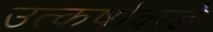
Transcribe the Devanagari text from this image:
उत्कर्षाकडे